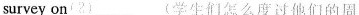
survey on(2) …………(学生们怎么度过他们的周